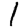
Digit: 1